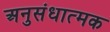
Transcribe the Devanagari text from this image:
अनुसंधात्मक